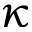
\kappa